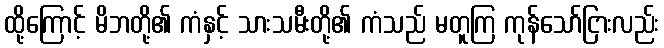
ထို့ကြောင့် မိဘတို့၏ ကံနှင့် သားသမီးတို့၏ ကံသည် မတူကြ ကုန်သော်ငြားလည်း